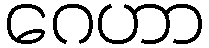
ဂေဟာ